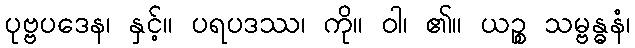
ပုဗ္ဗပဒေန၊ နှင့်။ ပရပဒဿ၊ ကို။ ဝါ၊ ၏။ ယဉ္စ သမ္ဗန္ဓနံ၊